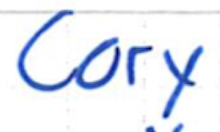
Text: Cary
Cross-out: clean
Writing tool: ballpoint